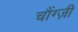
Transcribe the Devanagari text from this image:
चौंग्ज़ी